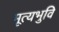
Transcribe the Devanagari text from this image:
मूत्यभुवि